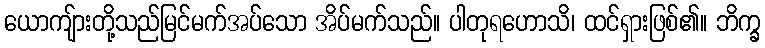
ယောကျ်ားတို့သည်မြင်မက်အပ်သော အိပ်မက်သည်။ ပါတုရဟောသိ၊ ထင်ရှားဖြစ်၏။ ဘိက္ခ